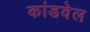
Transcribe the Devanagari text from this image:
कांडवेल